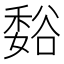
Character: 𫎂